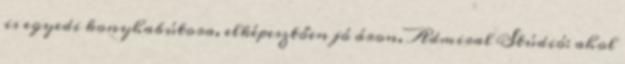
is egyedi konyhabútora, elképesztően jó áron. Admiral Stúdió: ahol